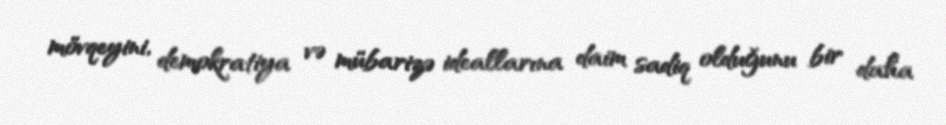
mövqeyini, demokratiya və mübarizə ideallarına daim sadiq olduğunu bir daha